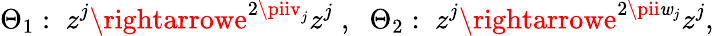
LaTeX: \Theta_{1}:\; z^{j}\rightarrowe^{2\piiv_{j}}z^{j}\; ,\; \; \Theta_{2}:\; z^{j}\rightarrowe^{2\pii\mathit{w}_{j}}z^{j},